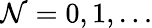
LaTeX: \mathcal{N}=0,1,\dots